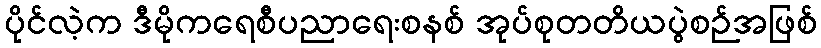
ပိုင်လဲ့က ဒီမိုကရေစီပညာရေးစနစ် အုပ်စုတတိယပွဲစဉ်အဖြစ်